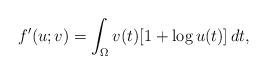
LaTeX: \begin{align*} f'(u;v)=\int_{\Omega} v(t)[1+\log u(t)]\,dt, \end{align*}